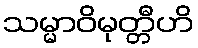
သမ္မာဝိမုတ္တီဟိ